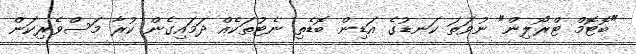
"ބޮޓޮމް ޓްރޯލިން" ނުވަތަ ކަނޑުގެ އަޑިން ބޮޑެތި ނެޓުތަކެއް ދަމައިގެން ކުރާ މަސްވެރިކަން